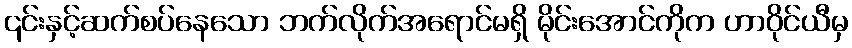
၎င်းနှင့်ဆက်စပ်နေသော ဘက်လိုက်အရောင်မရှိ မိုင်းအောင်ကိုက ဟာဝိုင်ယီမှ